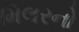
મિલરનો